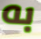
به